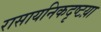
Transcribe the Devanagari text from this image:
रासायनिकदृष्टय़ा